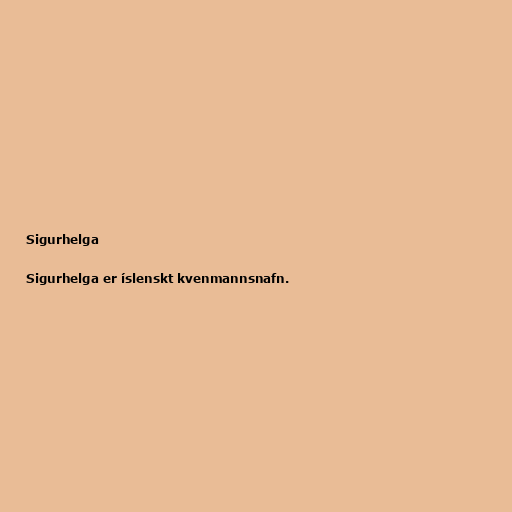
Sigurhelga

Sigurhelga er íslenskt kvenmannsnafn.